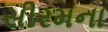
સીરમના